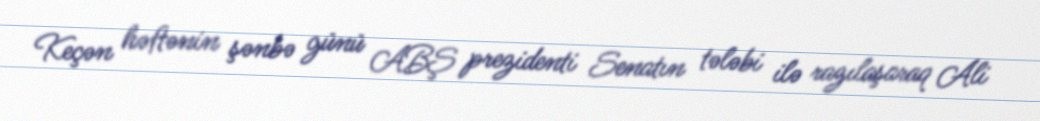
Keçən həftənin şənbə günü ABŞ prezidenti Senatın tələbi ilə razılaşaraq Ali